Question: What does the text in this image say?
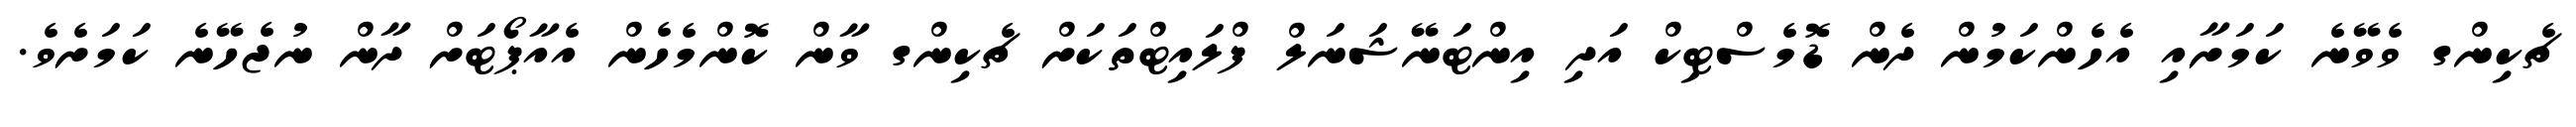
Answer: ޗެކިންގ ވެވޭނެ ކަމަށާއި އެހެންކަމުން ދެން ޑޮމެސްޓިކް އަދި އިންޓަނޭޝަނަލް ފްލައިޓްތަކަށް ޗެކިންގ ވާން ކޮންމެހެން އެއާޕޯޓަށް ދާން ނުޖެހޭނެ ކަމަށެވެ.